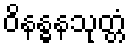
ဝိနန္ဓနသုတ္တံ